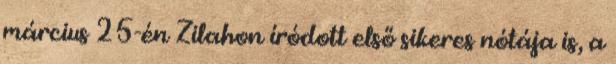
március 25-én Zilahon íródott első sikeres nótája is, a